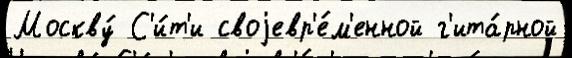
Москву́ С'и́т'и своjевр'е́м'енной г'ита́рной